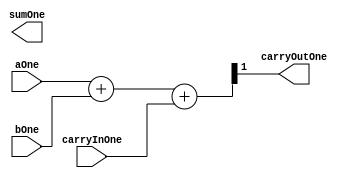
module adderOne(input aOne,input bOne, input carryInOne,
  output sumOne, output carryOutOne);

  assign {carryOutOne,s}=aOne+bOne+carryInOne;

endmodule